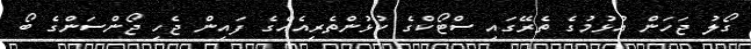
ގޯލު ޖަހަން އުޅުމުގެ ތެރޭގައި ސްޓޯކްގެ ކުޅުންތެރިއެއްގެ ފައިން ޖެހި ޖޯންސަންގެ ބޯ